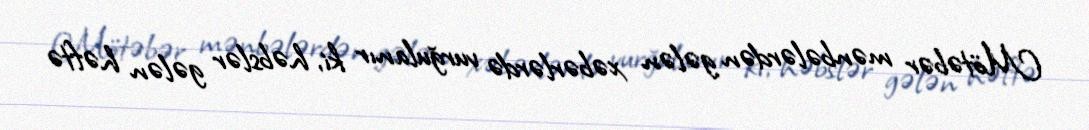
Mötəbər mənbələrdən gələn xəbərlərdə vurğulanır ki, həbslər gələn həftə